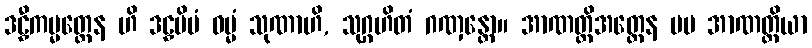
ဒဠှီကမ္မတ္ထေန ဟိ ဒဠှမိမံ ဓမ္မံ သုဏာဟိ, သုဂ္ဂဟိတံ ဂဏှန္တော။ အာဏတ္တိအတ္ထေန မမ အာဏတ္တိယာ